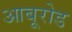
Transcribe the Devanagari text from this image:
आबूरोड